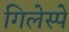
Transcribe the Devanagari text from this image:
गिलेस्पे